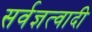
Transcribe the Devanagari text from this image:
सर्वज्ञत्वादी